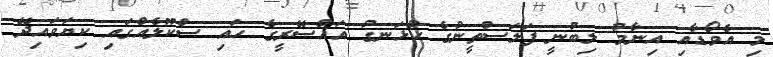
މި އެވޯޑާއި އިނާމު ލިބުނީ ފަލަސްތީނުގެ ހުޅަނގު އައްސޭރީގެ ހައި ސްކޫލެއްގައި ކިޔަވައިދޭ